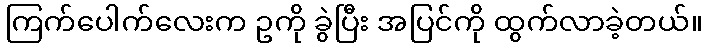
ကြက်ပေါက်လေးက ဥကို ခွဲပြီး အပြင်ကို ထွက်လာခဲ့တယ်။